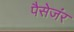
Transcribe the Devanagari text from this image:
पैसेजंर